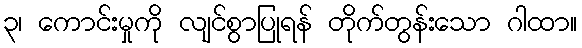
၃၊ ကောင်းမှုကို လျင်စွာပြုရန် တိုက်တွန်းသော ဂါထာ။